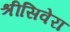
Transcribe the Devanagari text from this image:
श्रीसिवेरा